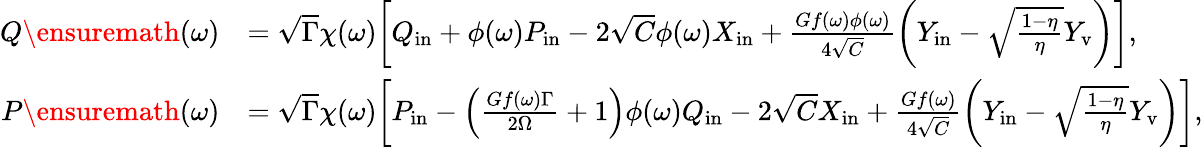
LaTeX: \begin{array}{rl}{Q\ensuremath{\left(\omega\right)}}&{=\sqrt{\Gamma}\chi(\omega)\bigg[Q_{\mathrm{in}}+\phi(\omega)P_{\mathrm{in}}-2\sqrt{C}\phi(\omega)X_{\mathrm{in}}+\frac{Gf(\omega)\phi(\omega)}{4\sqrt{C}}\left(Y_{\mathrm{in}}-\sqrt{\frac{1-\eta}{\eta}}Y_{\mathrm{v}}\right)\bigg],}\\ {P\ensuremath{\left(\omega\right)}}&{=\sqrt{\Gamma}\chi(\omega)\bigg[P_{\mathrm{in}}-\left(\frac{Gf(\omega)\Gamma}{2\Omega}+1\right)\phi(\omega)Q_{\mathrm{in}}-2\sqrt{C}X_{\mathrm{in}}+\frac{Gf(\omega)}{4\sqrt{C}}\left({Y_{\mathrm{in}}}-\sqrt{\frac{1-\eta}{\eta}}Y_{\mathrm{v}}\right)\bigg],}\end{array}